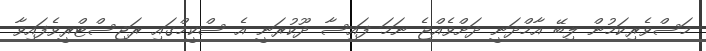
މަސްވެރިކަމުން ލިބޭ އާމްދަނީ ދަށްވެއްޖެ ނަމަ ފައިސާ ދޫކުރަނީ އެ ސްކީމްގައި ރަޖިސްޓްރީވެފައިވާ